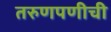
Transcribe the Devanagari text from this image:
तरुणपणीची